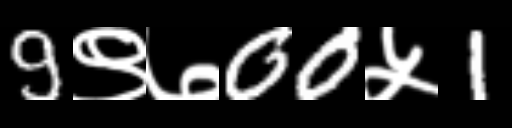
Text: 9९७00५1